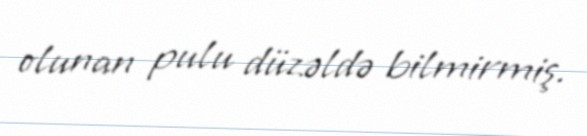
olunan pulu düzəldə bilmirmiş.